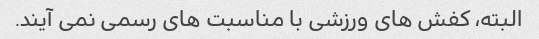
البته، کفش های ورزشی با مناسبت های رسمی نمی آیند.